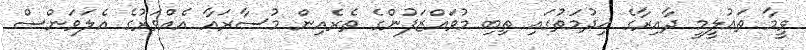
ވީމާ ތަޢުލީމީ ދާއިރާގެ ޚިދުމަތުގައި ތިބި މުވައްޒަފުންގެ ތެރެއިން މުސާރައާ އެއްވަރުގެ އެލަވަންސް